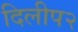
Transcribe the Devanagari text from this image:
दिलीप२